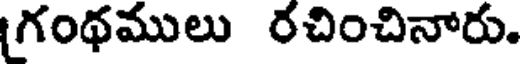
గంథములు రచించినారు.